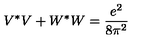
V ^ { * } V + W ^ { * } W = \frac { e ^ { 2 } } { 8 \pi ^ { 2 } }